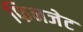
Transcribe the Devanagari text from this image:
फिनजेट